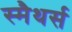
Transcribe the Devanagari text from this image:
स्मैथर्स